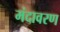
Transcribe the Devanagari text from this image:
मंदावरण